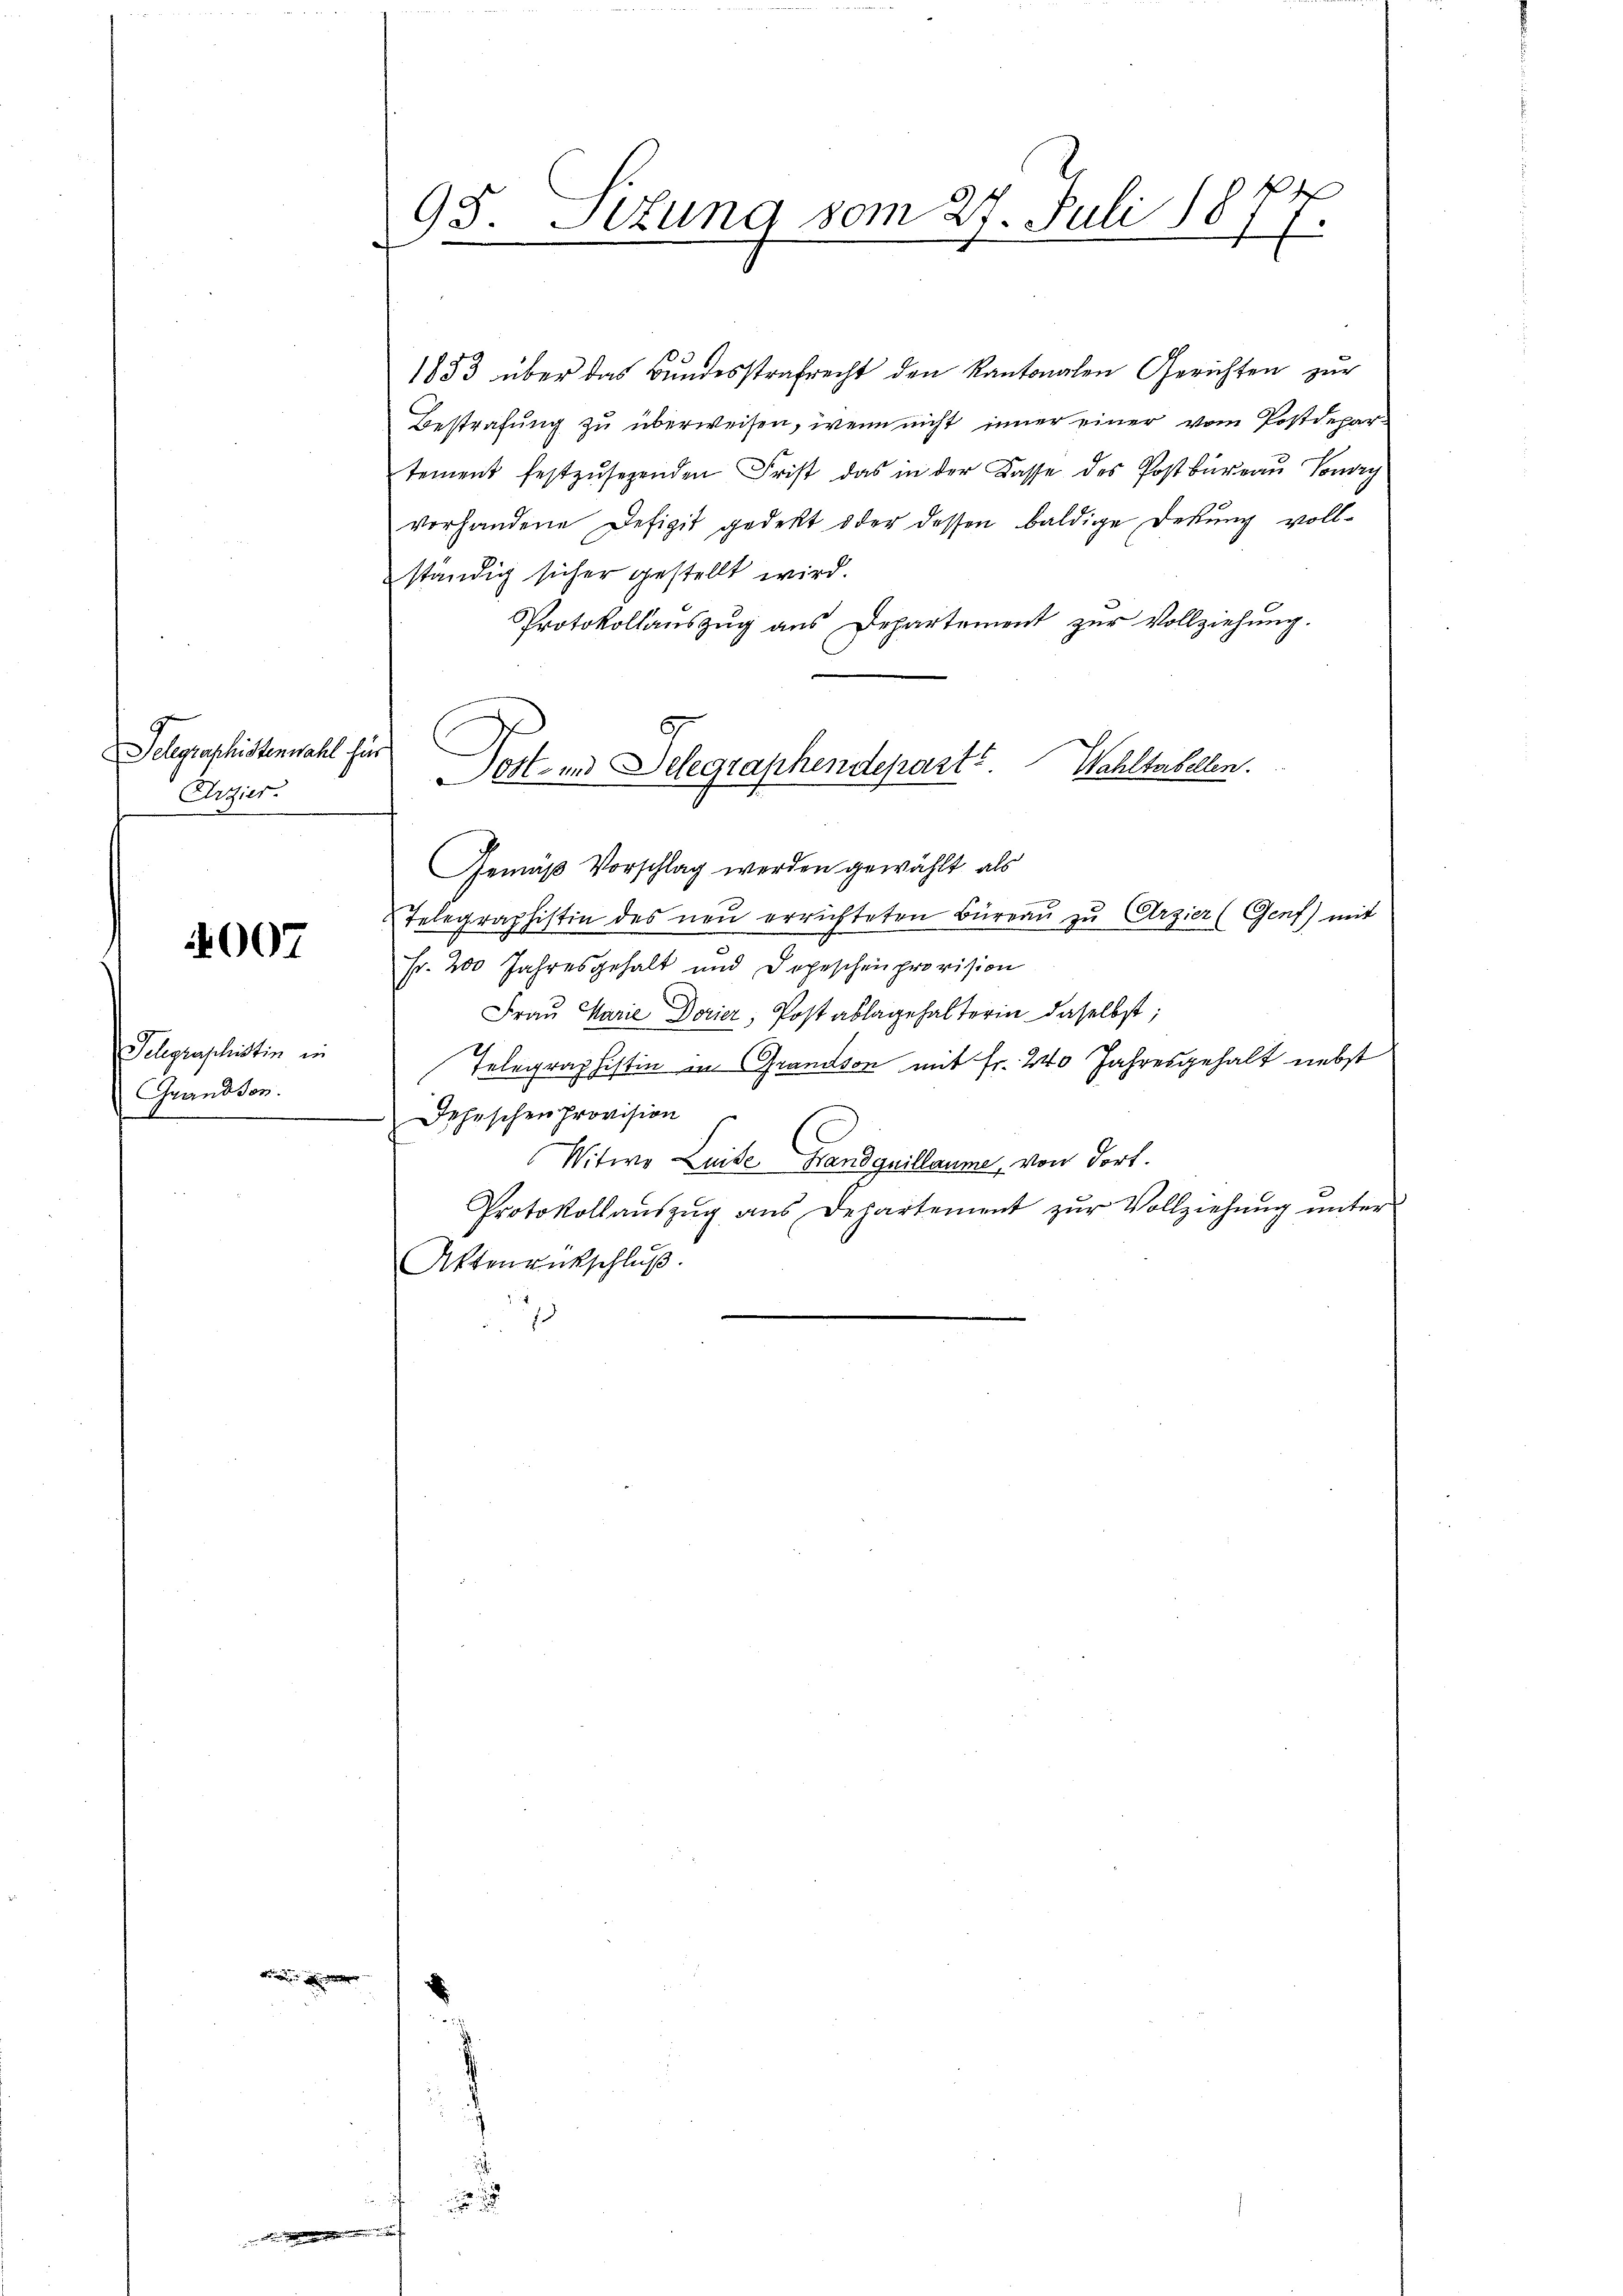
Telegraphistenwahl hin
Erzier

4007

Telegraphistin in
Grandson.
d

95. Ettung vom 27. Juli 1877.

1883 über das Bundesstrafrecht den Kantonalen Gerichten zur
Bestrafung zu überweisen, wenn nicht inner einer vom Postdepartement festzŭsehenden Frist das in der Kasse des Postbüreau Vorg
vorhandene Defizit gedeckt oder dessen baldige Dekung vollständig sicher gestellt wird.
Protokollaŭszŭg ans Departement zŭr Vollziehŭng.
Fr. 200 Jahresgehalt und Depeschenprovision
Frau Marie Dorier, Post ablage halterin daselbst;
Telegraphistin in Grandson mit Fr. 240 Jahresgehalt nebst
Iehischen Provision
Witwe Luise Handquillaume, von dort.
Protokollaŭszŭg ans Departement zŭr Vollziehŭng ŭnter
Aktenrückschluß
1

Wahltabellen.
Pott- und Delegraphendepart
Gemäß Vorschlag werden gewählt, als
Telegraphistin des neŭ errichteten Büreau zu Erzier (Genf) mit